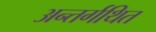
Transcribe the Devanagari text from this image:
अन्तर्गथित